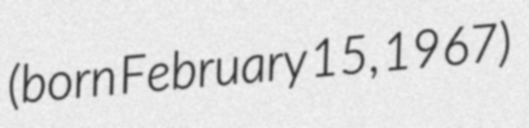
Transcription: (born February 15, 1967)